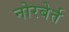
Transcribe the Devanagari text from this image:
नोरबेर्त